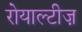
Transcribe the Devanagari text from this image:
रोयाल्टीज़